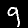
Label: 9